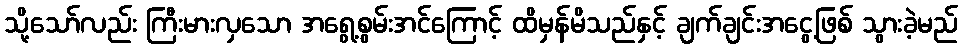
သို့သော်လည်း ကြီးမားလှသော အရွေ့စွမ်းအင်ကြောင့် ထိမှန်မိသည်နှင့် ချက်ချင်းအငွေ့ဖြစ် သွားခဲ့မည်